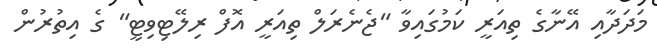
މަދަދާއި އޭނާގެ ތިއަރީ ކަމުގައިވާ "ޖެނެރަލް ތިއަރީ އޮފް ރިލޭޓިވިޓީ" ގެ އިތުރުން